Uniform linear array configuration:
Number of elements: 24
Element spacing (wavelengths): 0.25
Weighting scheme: kaiser
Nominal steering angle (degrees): -60
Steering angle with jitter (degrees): -60.481
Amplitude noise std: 0.05
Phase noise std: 0.05

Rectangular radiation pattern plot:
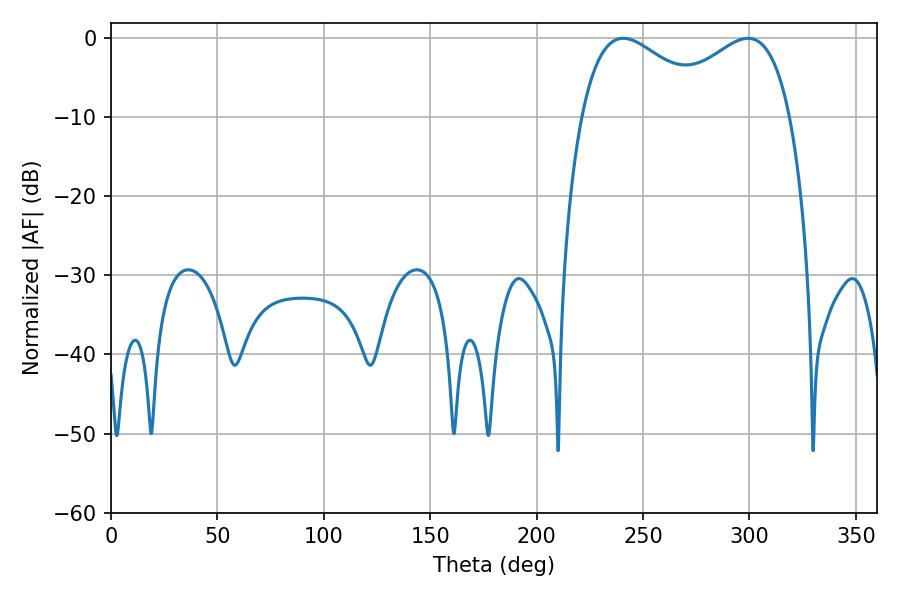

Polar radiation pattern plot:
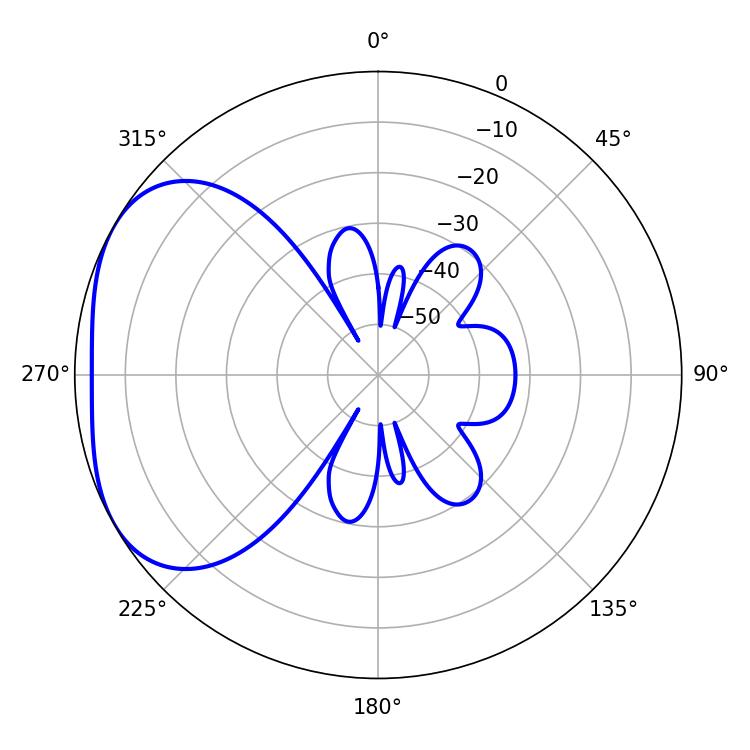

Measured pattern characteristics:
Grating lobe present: FALSE
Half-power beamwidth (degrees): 34.38
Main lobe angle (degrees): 299.34